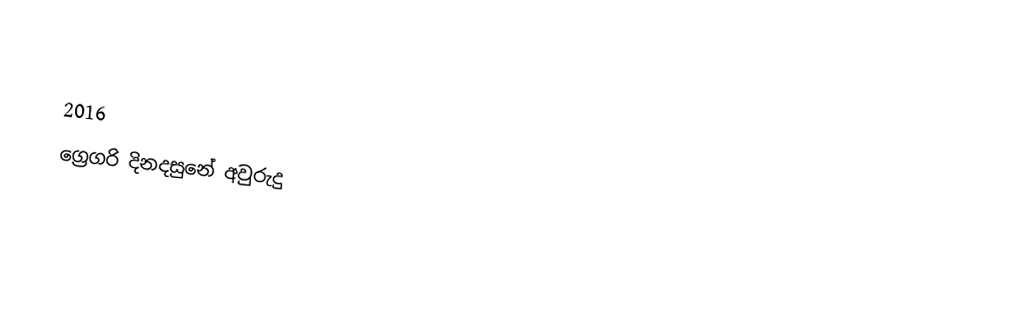

2016
ග්‍රෙගරි දිනදසුනේ අවුරුදු